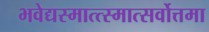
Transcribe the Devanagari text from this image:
भवेद्यस्मात्त्स्मात्सर्वोत्तमा